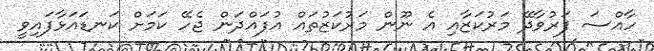
ހާއްސަ ފަރުވާދޭ މަރުކަޒާއި އެ ނޫން މަރުކަޒުތައް އުފައްދަން ޖެހޭ ކަމަށް ކަނޑައަޅާފައިވީ